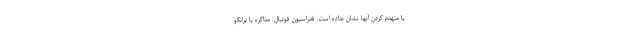
یا منهدم کردن آنها نشان نداده است. فدراسیون فوتبال: مذاکره با برانکو